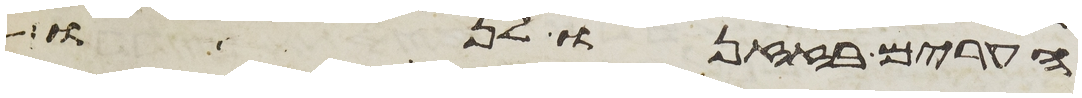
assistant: הערים בזזנו לנו